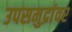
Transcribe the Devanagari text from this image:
उपसमुद्रांवर